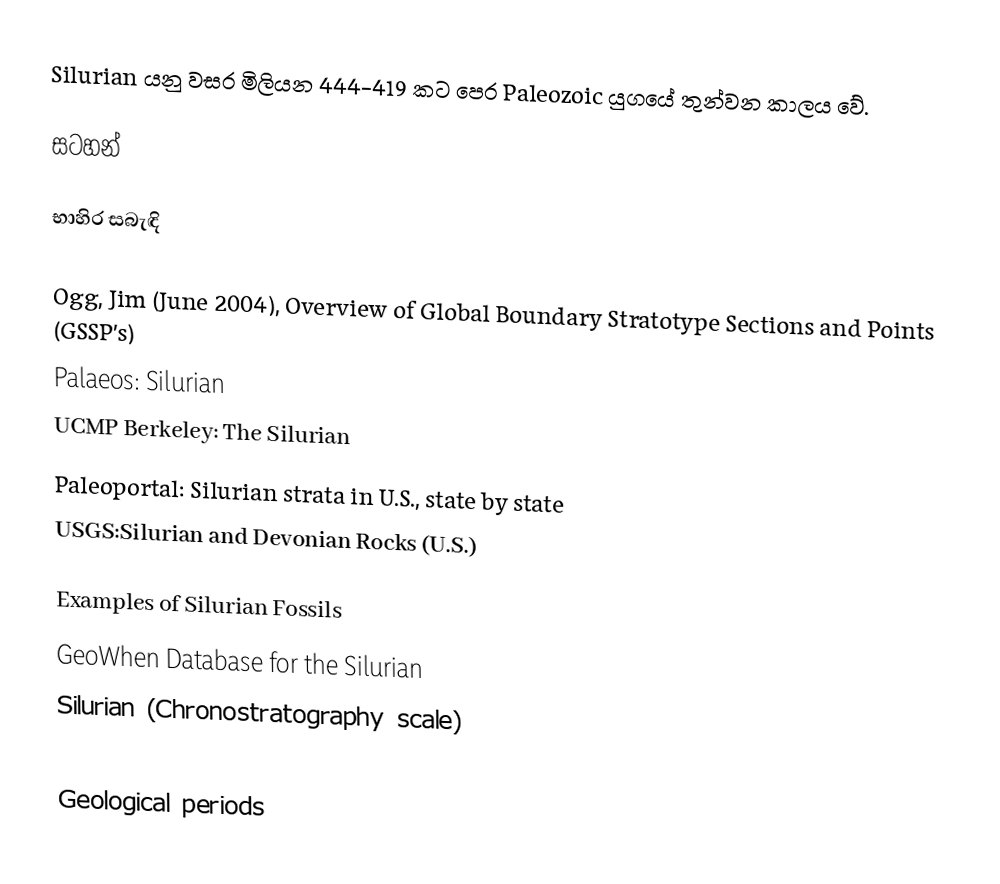
Silurian යනු වසර මිලියන 444-419 කට පෙර Paleozoic යුගයේ තුන්වන කාලය වේ.

සටහන්

භාහිර සබැඳි

 Ogg, Jim (June 2004), Overview of Global Boundary Stratotype Sections and Points (GSSP's)
Palaeos: Silurian
UCMP Berkeley: The Silurian
Paleoportal: Silurian strata in U.S., state by state
USGS:Silurian and Devonian Rocks (U.S.)

 Examples of Silurian Fossils
GeoWhen Database for the Silurian
Silurian (Chronostratography scale)

Geological periods